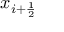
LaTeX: x _ { i + { \frac { 1 } { 2 } } }